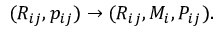
\begin{array} { r } { ( R _ { i j } , p _ { i j } ) \rightarrow ( R _ { i j } , M _ { i } , P _ { i j } ) . } \end{array}